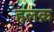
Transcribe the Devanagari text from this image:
हलक़